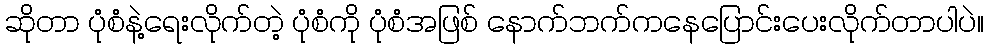
ဆိုတာ ပုံစံနဲ့ရေးလိုက်တဲ့ ပုံစံကို ပုံစံအဖြစ် နောက်ဘက်ကနေပြောင်းပေးလိုက်တာပါပဲ။